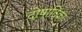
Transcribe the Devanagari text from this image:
दोषादिका